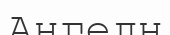
Ангелн